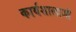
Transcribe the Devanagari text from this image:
कार्यशालाऔ